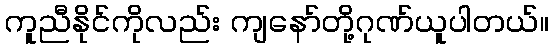
ကူညီနိုင်ကိုလည်း ကျနော်တို့ဂုဏ်ယူပါတယ်။